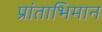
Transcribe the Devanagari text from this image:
प्रांताभिमान